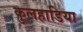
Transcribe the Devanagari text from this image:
कुलहाडिया